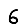
Digit: 6